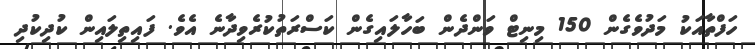
ހަފްތާއަކު މަދުވެގެން 150 މިނިޓް ވަންދެން ބަހާލައިގެން ކަސްރަތުކުރެވިދާނެ އެވެ. ފައިތިލައިން ކުދިކުދި